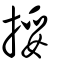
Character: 挼